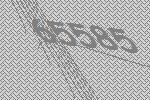
65585